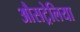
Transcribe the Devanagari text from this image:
औसट्रेलिया